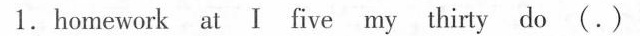
1.homework at I five my thirty do (.)